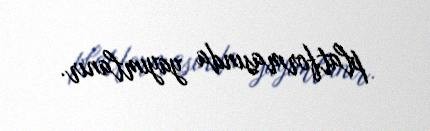
platformasında yayımlanır.